Regulations for the medical services of the Army of India
Year: 1930
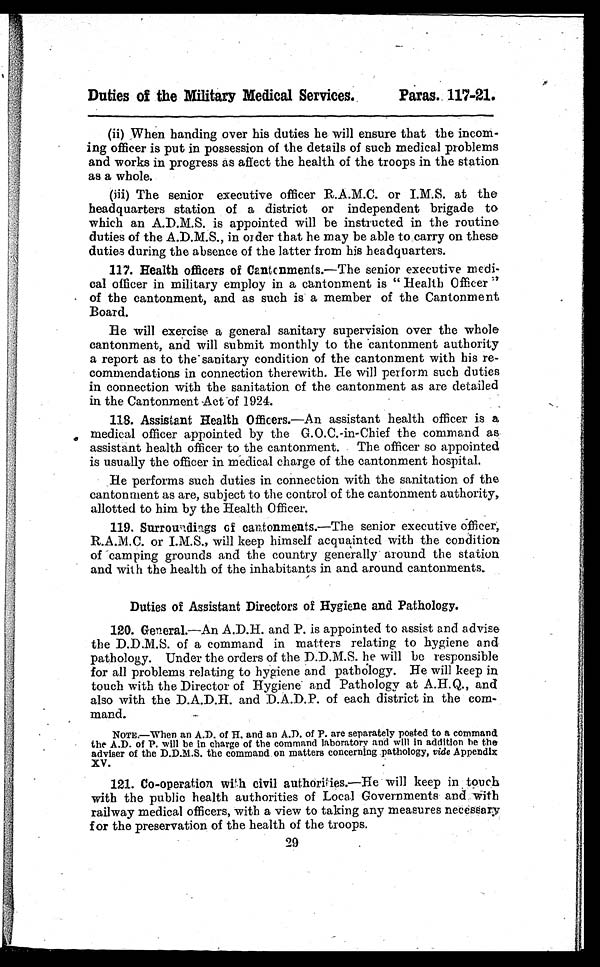
Duties of the Military Medical Services.
Paras. 117-21.
(ii) When handing over his duties he will ensure that the incom-
ing officer is put in possession of the details of such medical problems
and works in progress as affect the health of the troops in the station
as a whole.
(iii) The senior executive officer R.A.M.C. or I.M.S. at the
headquarters station of a district or independent brigade to
which an A.D.M.S. is appointed will be instructed in the routine
duties of the A.D.M.S., in order that he may be able to carry on these
duties during the absence of the latter from his headquarters.
117. Health officers of Cantonments.—The senior executive medi-
cal officer in military employ in a cantonment is " Health Officer "
of the cantonment, and as such is a member of the Cantonment
Board.
He will exercise a general sanitary supervision over the whole
cantonment, and will submit monthly to the cantonment authority
a report as to the sanitary condition of the cantonment with his re-
commendations in connection therewith. He will perform such duties
in connection with the sanitation of the cantonment as are detailed
in the Cantonment Act of 1924.
118. Assistant Health Officers.—An assistant health officer is a
medical officer appointed by the G.O.C-in-Chief the command as
assistant health officer to the cantonment. The officer so appointed
is usually the officer in medical charge of the cantonment hospital.
He performs such duties in connection with the sanitation of the
cantonment as are, subject to the control of the cantonment authority,
allotted to him by the Health Officer.
119.
Surroundings of cantonments.—The senior executive Officer,
R.A.M.C. or I.M.S., will keep himself acquainted with the condition
of camping grounds and the country generally around the station
and with the health of the inhabitants in and around cantonments.
Duties of Assistant Directors of Hygiene and Pathology.
120. General.—An A.D.H. and P. is appointed to assist and advise
the D.D.M.S. of a command in matters relating to hygiene and
pathology. Under the orders of the D.D.M.S. he will be responsible
for all problems relating to hygiene and pathology. He will keep in
touch with the Director of Hygiene and Pathology at A.H.Q., and
also with the D.A.D.H. and D.A.D.P. of each district in the com-
mand.
NOTE.—When an A.D. of H. and an A.D. of P. are separately posted to a command
the A.D. of P. will be in charge of the command laboratory and will in addition be the
adviser of the D.D.M.S. the command on matters concerning pathology, vide Appendix
XV.
121. Co-operation with civil authorities.—He will keep in touch
with the public health authorities of Local Governments and with
railway medical officers, with a view to taking any measures necessary
for the preservation of the health of the troops.
29